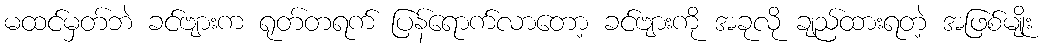
မထင်မှတ်ဘဲ ခင်ဗျားက ရုတ်တရက် ပြန်ရောက်လာတော့ ခင်ဗျားကို အခုလို ချည်ထားရတဲ့ အဖြစ်မျိုး